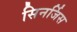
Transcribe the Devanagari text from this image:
सिनर्जिस